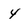
Character: 4